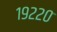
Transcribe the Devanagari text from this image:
१९२२०